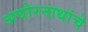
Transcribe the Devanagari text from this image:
अघोरनाथांचे